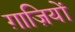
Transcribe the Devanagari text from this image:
ग़ाज़ियों